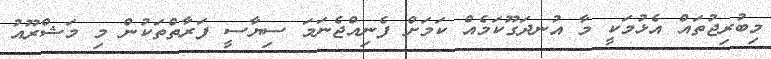
މިބުރިޖުތައް އެޅުމަކީ މާ އުނދަގޫކަމެއް ކަމަށް ފެނިއްޖެނަމަ ސިޔާސީ ފަރާތްތަކުން މި މަޝްރޫއު